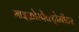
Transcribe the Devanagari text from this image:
माइक्रोस्पेक्ट्रोमीटर